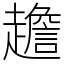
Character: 䟋